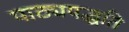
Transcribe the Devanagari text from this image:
पाठ्यपद्धति